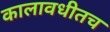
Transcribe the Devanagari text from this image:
कालावधीतच